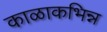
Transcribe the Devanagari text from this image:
काळाकभिन्न